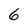
Character: 6